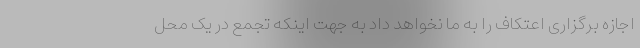
اجازه برگزاری اعتکاف را به ما نخواهد داد به جهت اینکه تجمع در یک محل